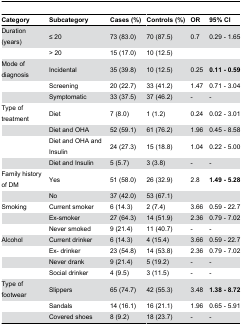
| Category | Subcategory | Cases (%) | Controls (%) | OR | 95% CI |
 | --- | --- | --- | --- | --- | --- |
 | Duration (years) | ≤ 20 | 73 (83.0) | 70 (87.5) | 0.7 | 0.29 - 1.65 |
 |  | > 20 | 15 (17.0) | 10 (12.5) |  |  |
 | Mode of diagnosis | Incidental | 35 (39.8) | 10 (12.5) | 0.25 | 0.11 - 0.59 |
 |  | Screening | 20 (22.7) | 33 (41.2) | 1.47 | 0.71 - 3.04 |
 |  | Symptomatic | 33 (37.5) | 37 (46.2) | - | - |
 | Type of treatment | Diet | 7 (8.0) | 1 (1.2) | 0.24 | 0.02 - 3.01 |
 |  | Diet and OHA | 52 (59.1) | 61 (76.2) | 1.96 | 0.45 - 8.58 |
 |  | Diet and OHA and Insulin | 24 (27.3) | 15 (18.8) | 1.04 | 0.22 - 5.00 |
 |  | Diet and Insulin | 5 (5.7) | 3 (3.8) | - | - |
 | Family history of DM | Yes | 51 (58.0) | 26 (32.9) | 2.8 | 1.49 - 5.28 |
 |  | No | 37 (42.0) | 53 (67.1) |  |  |
 | Smoking | Current smoker | 6 (14.3) | 2 (7.4) | 3.66 | 0.59 - 22.7 |
 |  | Ex-smoker | 27 (64.3) | 14 (51.9) | 2.36 | 0.79 - 7.02 |
 |  | Never smoked | 9 (21.4) | 11 (40.7) | - | - |
 | Alcohol | Current drinker | 6 (14.3) | 4 (15.4) | 3.66 | 0.59 - 22.7 |
 |  | Ex- drinker | 23 (54.8) | 14 (53.8) | 2.36 | 0.79 - 7.02 |
 |  | Never drank | 9 (21.4) | 5 (19.2) | - | - |
 |  | Social drinker | 4 (9.5) | 3 (11.5) | - | - |
 | Type of footwear | Slippers | 65 (74.7) | 42 (55.3) | 3.48 | 1.38 - 8.72 |
 |  | Sandals | 14 (16.1) | 16 (21.1) | 1.96 | 0.65 - 5.91 |
 |  | Covered shoes | 8 (9.2) | 18 (23.7) | - | - |